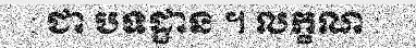
: ជា បទដ្ឋាន ។ លក្ខណ :